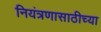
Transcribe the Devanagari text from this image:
नियंत्रणासाठीच्या